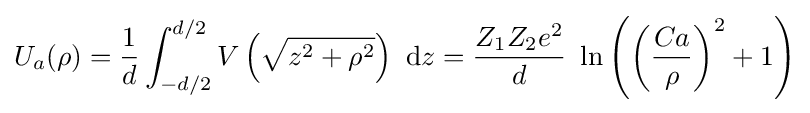
U_{a}(\rho )={\frac {1}{d}}\int _{-d/2}^{d/2}V\left({\sqrt {z^{2}+\rho ^{2}}}\right)~\mathrm {d} z={\frac {Z_{1}Z_{2}e^{2}}{d}}~\ln \left(\left({\frac {Ca}{\rho }}\right)^{2}+1\right)